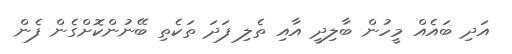
އަދި ބައެއް މީހުން ބާލިދީ އާއި ތެލި ފަދަ ތަކެތި ބޭނުންކޮށްގެން ފެން